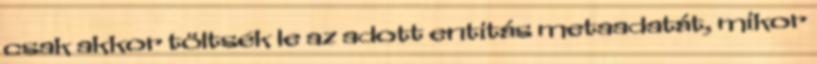
csak akkor töltsék le az adott entitás metaadatát, mikor